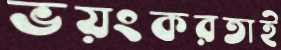
ভয়ংকরতাই